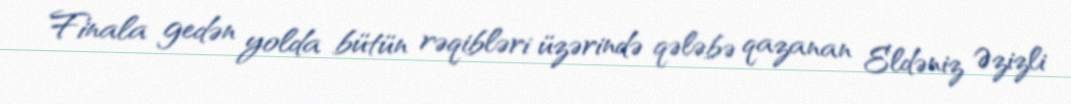
Finala gedən yolda bütün rəqibləri üzərində qələbə qazanan Eldəniz Əzizli